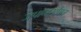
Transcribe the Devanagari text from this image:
जपानसोबत